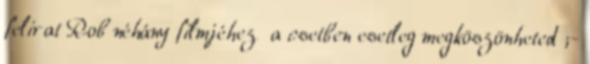
felirat Rob néhány filmjéhez a csetben esetleg megköszönheted ;-